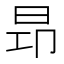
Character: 昻